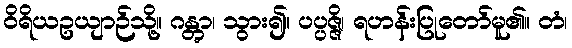
ဝိရိယဥယျာဉ်သို့။ ဂန္တွာ၊ သွား၍။ ပပ္ပဇ္ဇိ၊ ရဟန်းပြုတော်မူ၏။ တံ၊